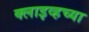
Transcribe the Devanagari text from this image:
क्लाइव्हच्या